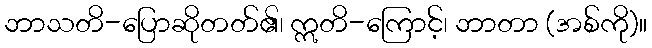
ဘာသတိ-ပြောဆိုတတ်၏၊ ဣတိ-ကြောင့်၊ ဘာတာ (အစ်ကို)။